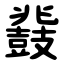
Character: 鼗